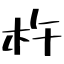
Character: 杵